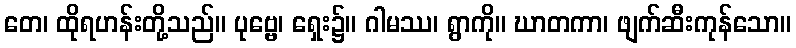
တေ၊ ထိုရဟန်းတို့သည်။ ပုဗ္ဗေ၊ ရှေး၌။ ဂါမဿ၊ ရွာကို။ ဃာတကာ၊ ဖျက်ဆီးကုန်သော။